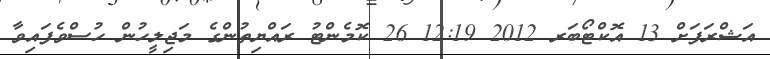
އަޝްރަފަށް 13 އޮކްޓޯބަރ 2012 12:19 26 ކޮމެންޓު ރައްޔިތުންގެ މަޖިލީހުން ހުސްވެފައިވާ